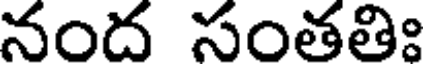
నంద సంతతిః